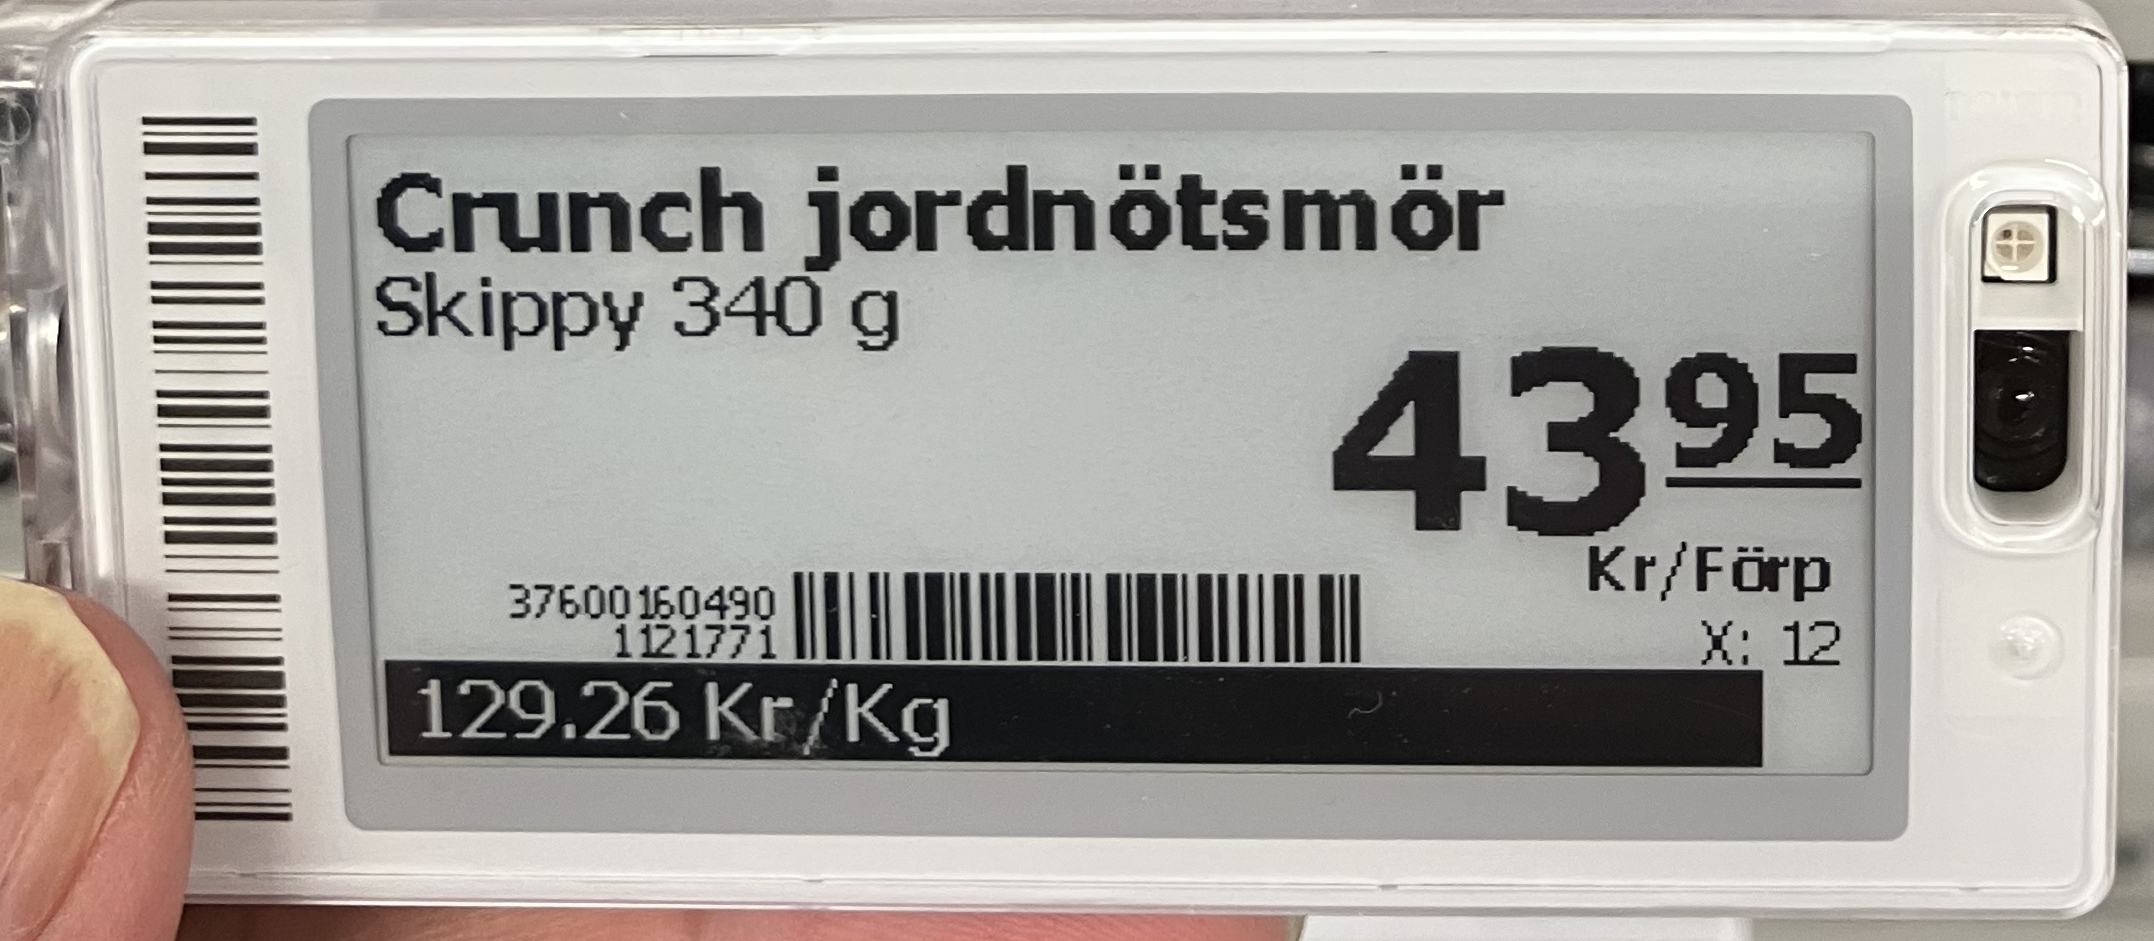
Vara: Crunch jordnötsmör
Genomsnittspris: 129.26 per kg